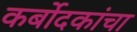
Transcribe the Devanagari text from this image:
कर्बोदकांचा